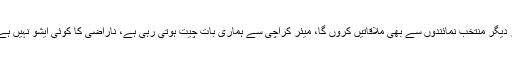
انہوں نے کہا کہ باقی شہروں میں جا کر دیگر منتخب نمائندوں سے بھی ملاقاتیں کروں گا، میئر کراچی سے ہماری بات چیت ہوتی رہی ہے، ناراضی کا کوئی ایشو نہیں ہے ہماری ملاقات اچھے ماحول میں ہوئی۔